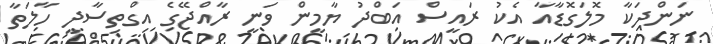
ނަންދަކާ މޮލަގޮޑާއާ އެކު ރައީސް އަބްދު ޔާމީން ވަނީ ރާއްޖޭގެ އިގްތިސާދީ ހާލަތާ